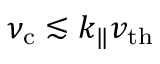
\nu _ { \mathrm { c } } \lesssim k _ { \| } v _ { \mathrm { t h } }